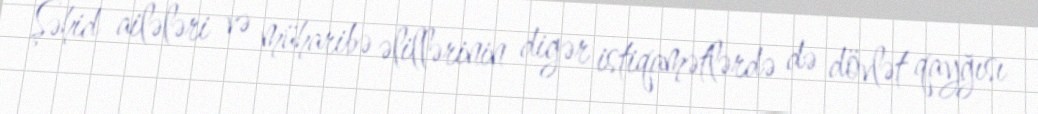
Şəhid ailələri və müharibə əlillərinin digər istiqamətlərdə də dövlət qayğısı